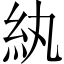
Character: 紈